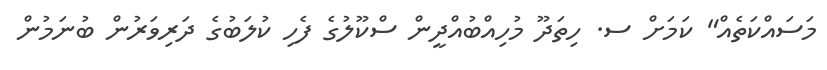
މަސައްކަތެއް" ކަމަށް ސ. ހިތަދޫ މުހިއްބުއްދީން ސްކޫލުގެ ފެހި ކުލަބުގެ ދަރިވަރުން ބުނަމުން